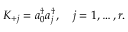
K _ { + j } = a _ { 0 } ^ { \dagger } a _ { j } ^ { \dagger } , \quad j = 1 , \ldots , r .